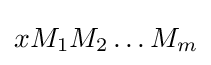
xM_{1}M_{2}\ldots M_{m}